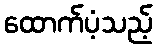
ထောက်ပံ့သည့်